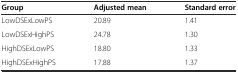
<table><thead><tr><td><b>Group</b></td><td><b>Adjusted mean</b></td><td><b>Standard error</b></td></tr></thead><tbody><tr><td>LowDSExLowPS</td><td>20.89</td><td>1.41</td></tr><tr><td>LowDSExHighPS</td><td>24.78</td><td>1.30</td></tr><tr><td>HighDSExLowPS</td><td>18.80</td><td>1.33</td></tr><tr><td>HighDSExHighPS</td><td>17.88</td><td>1.37</td></tr></tbody></table>